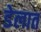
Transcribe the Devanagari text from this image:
डेलात